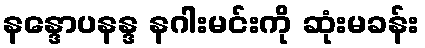
နန္ဒောပနန္ဒ နဂါးမင်းကို ဆုံးမခန်း